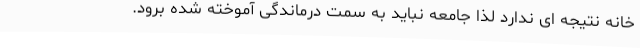
خانه نتیجه ای ندارد لذا جامعه نباید به سمت درماندگی آموخته شده برود.